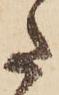
た